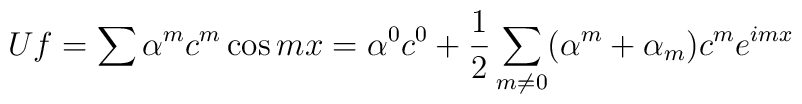
Uf=\sum \alpha ^{m}c^{m}\cos mx=\alpha ^{0}c^{0}+\frac{1}{2}\sum_{m\neq0}(\alpha ^{m}+\alpha _{m})c^{m}e^{imx}